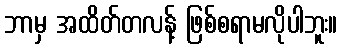
ဘာမှ အထိတ်တလန့် ဖြစ်စရာမလိုပါဘူး။